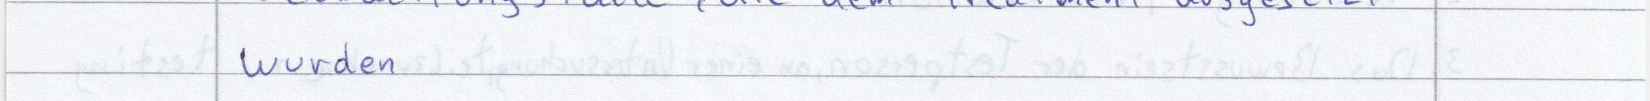
wurden